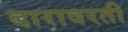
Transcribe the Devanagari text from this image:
दारावरती